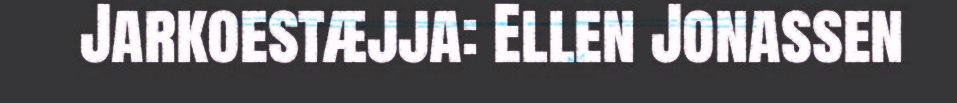
Jarkoestæjja: Ellen Jonassen